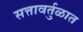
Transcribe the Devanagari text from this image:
सत्तावर्तुळात